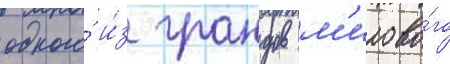
одного́ и́з грандов м'ирово́го